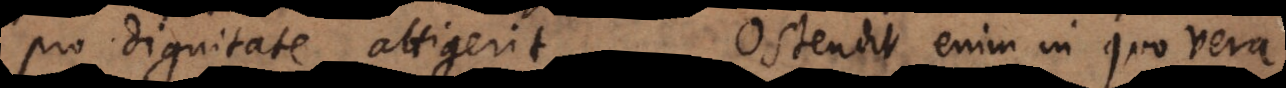
pro dignitate attigerit. Ostendit enim in quo vera